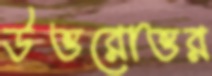
উত্তরোত্তর